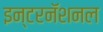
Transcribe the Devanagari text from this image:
इन्टरनॅशनल